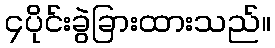
၄ပိုင်းခွဲခြားထားသည်။